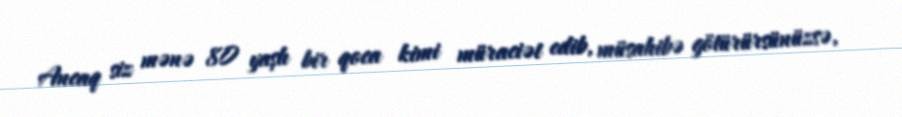
Ancaq siz mənə 80 yaşlı bir qoca kimi müraciət edib, müsahibə götürürsünüzsə,